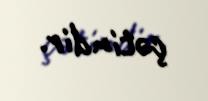
çətindir.